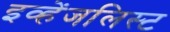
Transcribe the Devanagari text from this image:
इव्हेंजलिस्ट